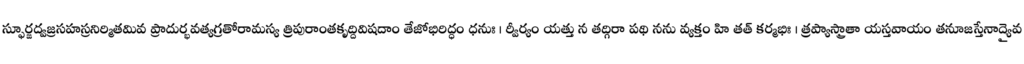
స్ఫూర్జద్వజ్రసహస్రనిర్మితమివ ప్రాదుర్భవత్యగ్రతోరామస్య త్రిపురాంతకృద్దివిషదాం తేజోభిరిద్ధం ధనుః । ర్వీర్యం యత్తు న తద్గిరా పథి నను వ్యక్తం హి తత్ కర్మభిః । త్రప్యాస్త్రాతా యస్తవాయం తనూజస్తేనాద్యైవ